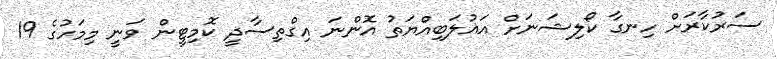
ސަރުކާރަށް ހިނގާ ކޯލިޝަނަށް އަޣުލަބިއްޔަތު އޮންނަ އިގްތިސާދީ ކޮމިޓީން ވަނީ މިމަހުގެ 19